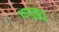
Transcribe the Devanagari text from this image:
थप्पुकूडु